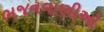
ભજનવાણીઓ